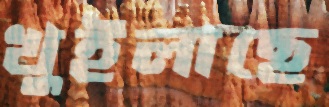
খুইলাছে